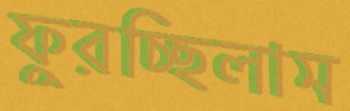
ফুরচ্ছিলাম